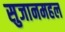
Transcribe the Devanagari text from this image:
सुजानमहल